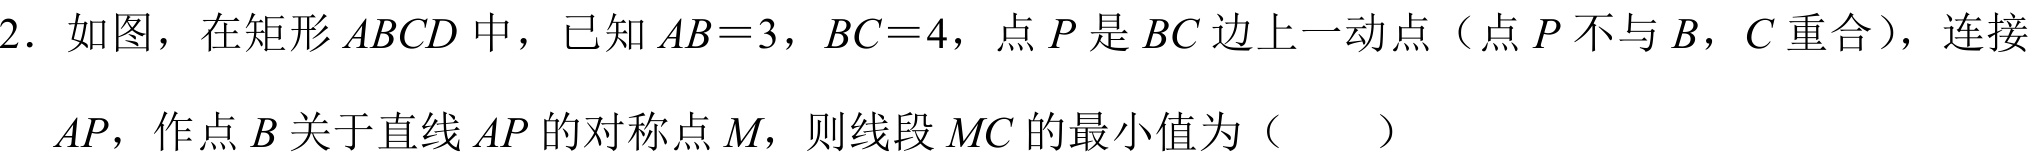
2. 如图，在矩形\(ABCD\)中，已知\(AB = 3\)，\(BC = 4\)，点\(P\)是\(BC\)边上一动点（点\(P\)不与\(B\)，\(C\)重合），连接\(AP\)，作点\(B\)关于直线\(AP\)的对称点\(M\)，则线段\(MC\)的最小值为（  ）